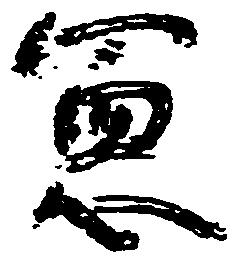
憲